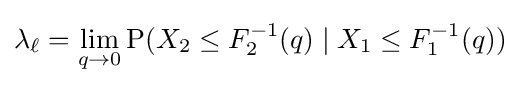
\lambda _{\ell }=\lim _{q\rightarrow 0}\operatorname {P} (X_{2}\leq F_{2}^{-1}(q)\mid X_{1}\leq F_{1}^{-1}(q))